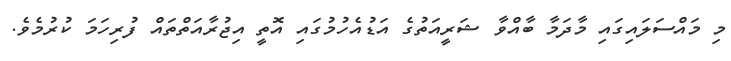
މި މައްސަލައިގައި މާދަމާ ބާއްވާ ޝަރީއަތުގެ އަޑުއެހުމުގައި އޮތީ އިޖުރާއަތްތައް ފުރިހަމަ ކުރުމެވެ.